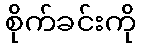
စိုက်ခင်းကို